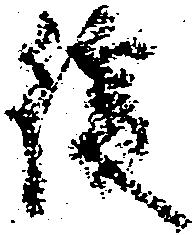
後